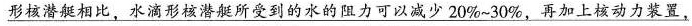
\underline{形核潜艇相比，水滴形核潜艇所受到的水的阻力可以减少20%~30%，再加上核动力装置，}